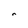
Character: n